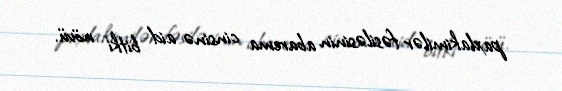
paxlakimilər fəsiləsinin abarema cinsinə aid bitki növü.